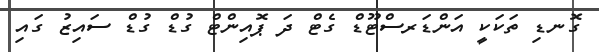
ގޮނޑި ތަކަކީ އަންޑަރސްޓޫޑް ގެޓް ދަ ޕޮއިންޓް ގުޑް ގުޑް ސައިޒު ގައި